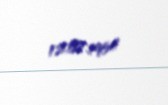
12.07.1954